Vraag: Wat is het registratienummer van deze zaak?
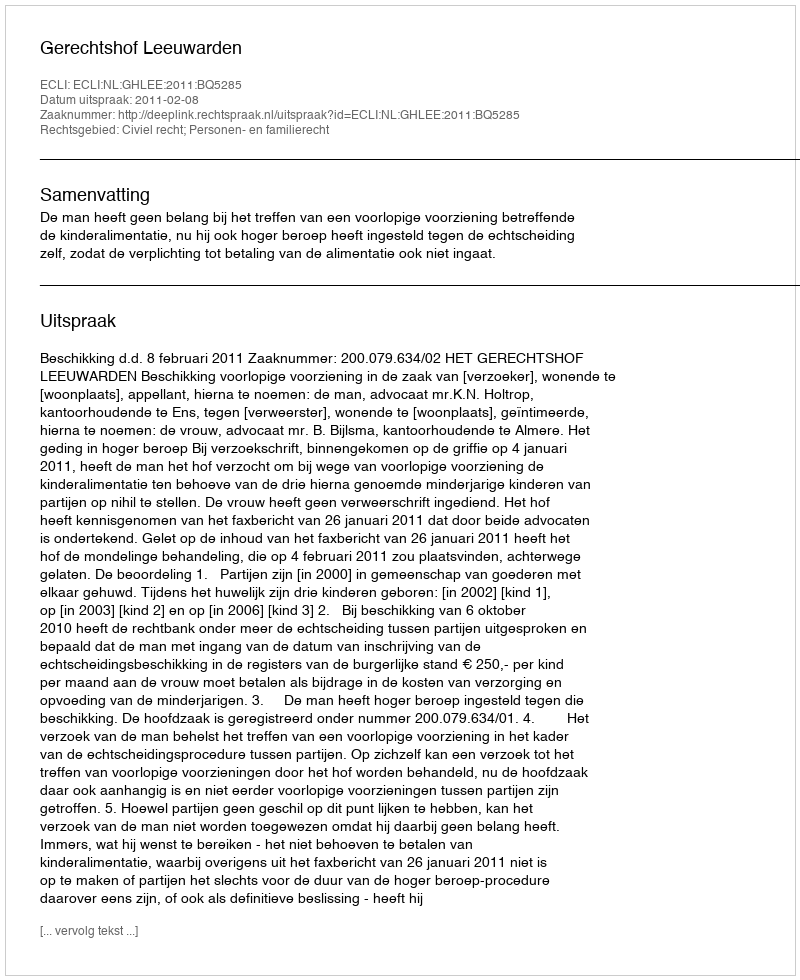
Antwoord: http://deeplink.rechtspraak.nl/uitspraak?id=ECLI:NL:GHLEE:2011:BQ5285